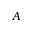
A